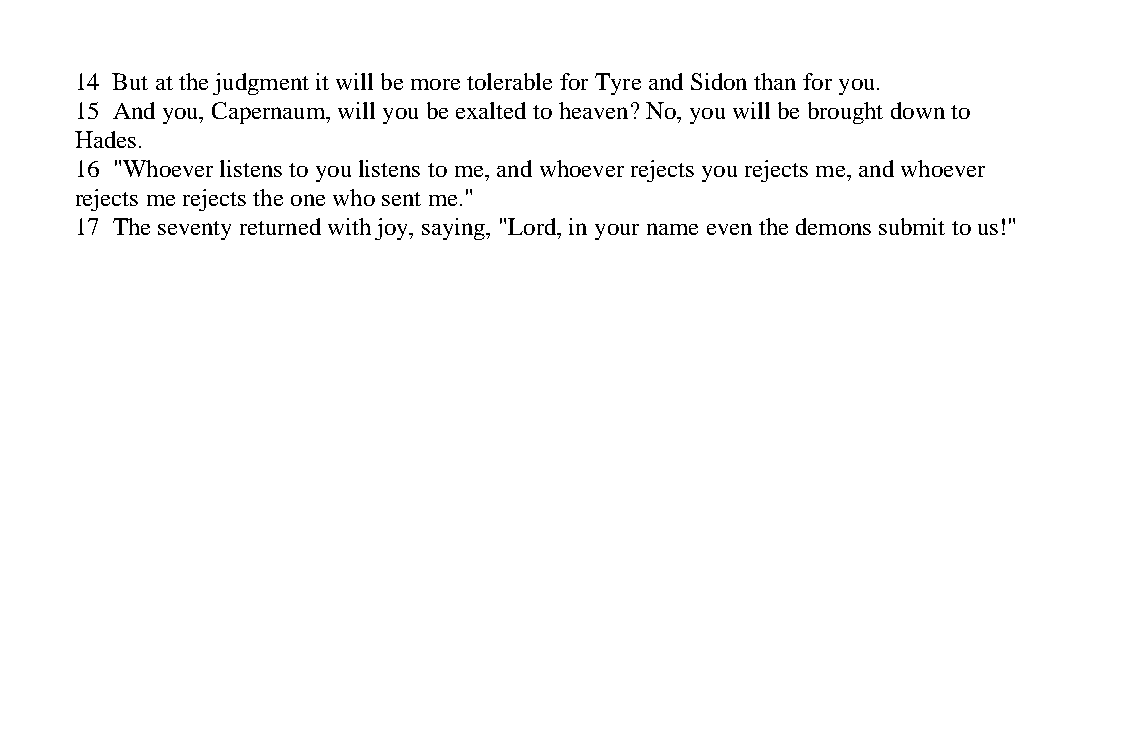
14 But at the judgment it will be more tolerable for Tyre and Sidon than for you.
 15 And you, Capernaum, will you be exalted to heaven? No, you will be brought down to
 Hades.
 16 "Whoever listens to you listens to me, and whoever rejects you rejects me, and whoever
 rejects me rejects the one who sent me."
 17 The seventy returned with joy, saying, "Lord, in your name even the demons submit to us!"